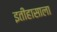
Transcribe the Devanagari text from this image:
इतीहासाला